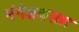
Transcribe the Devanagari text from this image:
मंगेशकरला